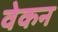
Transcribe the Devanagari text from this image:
वेकन